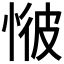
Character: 𢜢